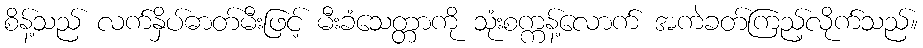
စိန့်သည် လက်နှိပ်ဓာတ်မီးဖြင့် မီးခံသေတ္တာကို သုံးစက္ကန့်လောက် အကဲခတ်ကြည့်လိုက်သည်။